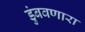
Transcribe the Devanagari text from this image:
डुंबवणारा